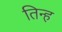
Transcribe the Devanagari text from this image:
तिन्ह